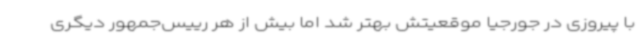
با پیروزی در جورجیا موقعیتش بهتر شد اما بیش از هر رییس‌جمهور دیگری